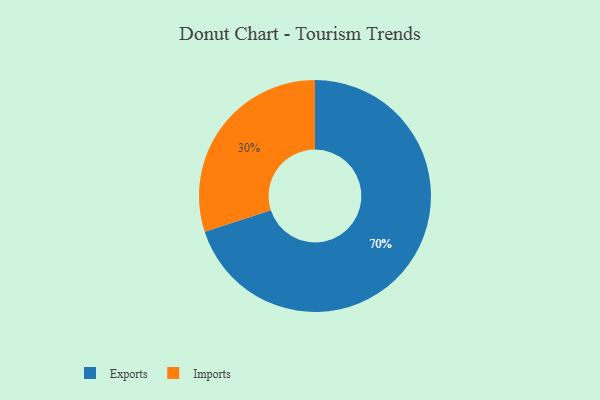
{"axis": {"x": "Category", "y": "Percentage"}, "legend": ["Exports", "Imports"], "data": [{"x": "Imports", "y": 30, "type": "Imports"}, {"x": "Exports", "y": 70, "type": "Exports"}]}